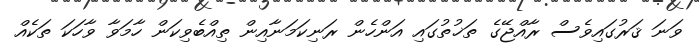
ވަނަ ޤަރުގައިވެސް ރާއްޖޭގެ ތަޚުތުގައި އަންހެން ރަނިކަމަނާއިން ތިއްބެވިކަން ހާމަވާ ވާހަކަ ތަކެއް